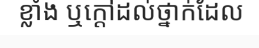
ខ្លាំង ឬក្តៅដល់ថ្នាក់ដែល